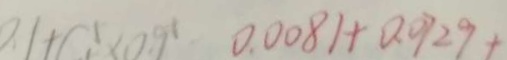
0 . 0 0 8 1 + 0 . 7 2 9 +